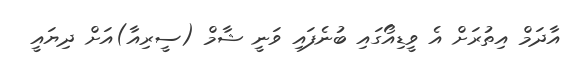
އާދަމް އިތުރަށް އެ ވީޑިއޯގައި ބުނެފައި ވަނީ ޝާމް (ސީރިއާ)އަށް ދިޔައީ